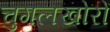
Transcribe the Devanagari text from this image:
चुगलखोरों